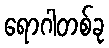
ရောဂါတစ်ခု